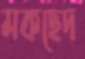
মকছেদ